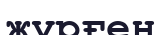
жүрғен